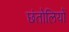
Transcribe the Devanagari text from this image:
छंतोलियों